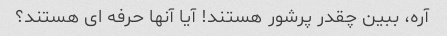
آره، ببین چقدر پرشور هستند! آیا آنها حرفه ای هستند؟